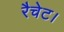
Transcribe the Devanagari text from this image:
रैचेट।